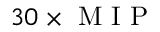
3 0 \times \mathrm { ~ M ~ I ~ P ~ }